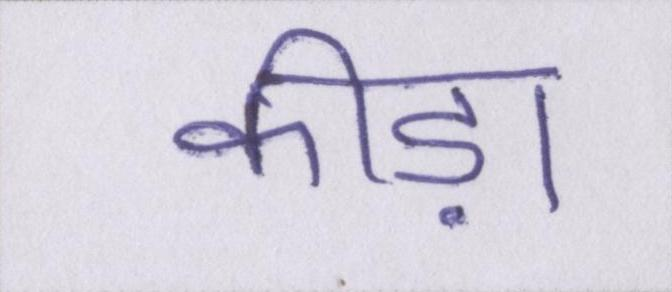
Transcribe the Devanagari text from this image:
कीड़ा